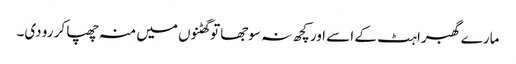
مارے گھبراہٹ کے اسے اور کچھ نہ سوجھا تو گھٹنوں میں منہ چھپا کر رو دی۔